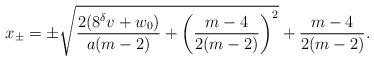
LaTeX: \begin{align*}x_{\pm}=\pm\sqrt{\dfrac{2(8^{\delta}v+w_{0})}{a(m-2)}+\left(\dfrac{m-4}{2(m-2)}\right)^{2}}+\dfrac{m-4}{2(m-2)}.\end{align*}